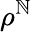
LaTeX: \rho^{\mathbb{N}}